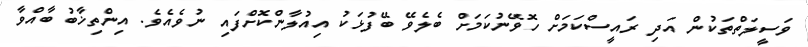
ވަސީލަތްތަކުން އަދި ރައީސްކަމަށް ހޮވޭނުކަމަށް ބެލެވޭ ބޭފުޅަކު އިއުލާންކޮށްފައި ނުވެއެވެ. އިންތިޚާބު ބާއްވާ